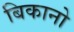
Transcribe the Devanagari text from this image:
बिकानो